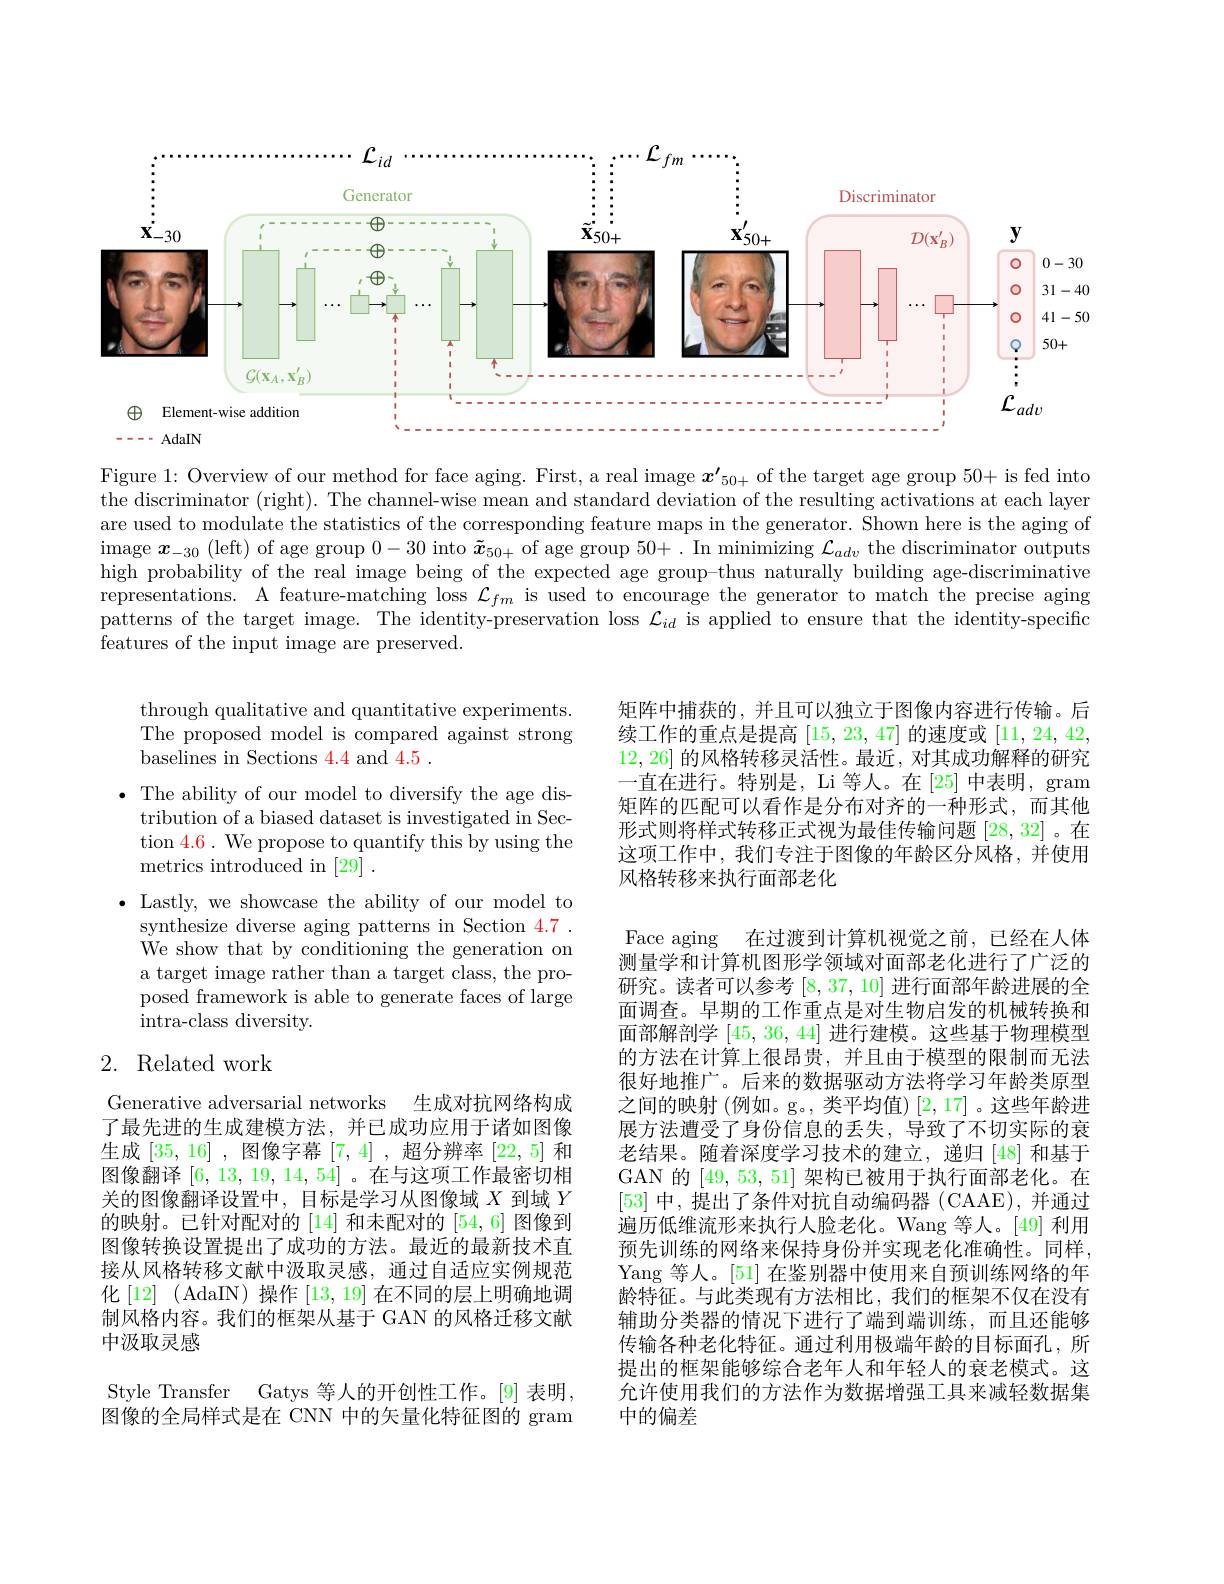
<FigureHere>

Figure 1: Overview of our method for face aging. First, a real image $\boldsymbol{x}^\prime_{50+}$ of the target age group 50+ is fed into the discriminator (right). The channel-wise mean and standard deviation of the resulting activations at each layer are used to modulate the statistics of the corresponding feature maps in the generator. Shown here is the aging of $\operatorname\boldsymbol{x}_{-30}$ (left) of age group 0-30 into $\tilde{\boldsymbol{x}}_50+$ of age group 50+. In minimizing $\mathcal{L}_adv$ the discriminator outputs high probability of the real image being of the expected age group-thus naturally building age-discriminative representations. A feature-matching loss $\mathcal{L}_fm$ is used to encourage the generator to match the precise aging patterns of the target image. The identity-preservation loss $\mathcal{L}_id$ is applied to ensure that the identity-speciffic features of the input image are preserved.

矩阵中捕获的，并且可以独立于图像内容进行传输。后续工作的重点是提高[15,23,47]的速度或[11,24,42, 12,26]的风格转移灵活性。最近，对其成功解释的研究一直在进行。特别是，Li 等人。在[25]中表明，gram 矩阵的匹配可以看作是分布对齐的一种形式，而其他形式则将样式转移正式视为最佳传输问题[28,32] 。在这项工作中，我们专注于图像的年龄区分风格，并使用风格转移来执行面部老化

through qualitative and quantitative experiments. The proposed model is compared against strong baselines in Sections 4.4 and 4.5 .
$\bullet$ The ability of our model to diversify the age dis-
tribution of a biased dataset is investigated in Section 4.6. We propose to quantify this by using the metrics introduced in [29] .
$\bullet$ Lastly, we showcase the ability of our model to
synthesize diverse aging patterns in Section 4.7 . We show that by conditioning the generation on a target image rather than a target class, the proposed framework is able to generate faces of large intra-class diversity.

## 2. Related work

Face aging 在过渡到计算机视觉之前，已经在人体测量学和计算机图形学领域对面部老化进行了广泛的研究。读者可以参考[8,37,10]进行面部年龄进展的全面调查。早期的工作重点是对生物启发的机械转换和面部解剖学[45,36,44]进行建模。这些基于物理模型的方法在计算上很昂贵，并且由于模型的限制而无法很好地推广。后来的数据驱动方法将学习年龄类原型之间的映射 (例如。g。,类平均值) [2,17] 。这些年龄进展方法遭受了身份信息的丢失，导致了不切实际的衰老结果。随着深度学习技术的建立，递归[48]和基于GAN 的[49,53,51]架构已被用于执行面部老化。在[53]中，提出了条件对抗自动编码器 (CAAE),并通过遍历低维流形来执行人脸老化。Wang 等人。[49] 利用预先训练的网络来保持身份并实现老化准确性。同样， Yang 等人。[51] 在鉴别器中使用来自预训练网络的年龄特征。与此类现有方法相比，我们的框架不仅在没有辅助分类器的情况下进行了端到端训练，而且还能够传输各种老化特征。通过利用极端年龄的目标面孔，所提出的框架能够综合老年人和年轻人的衰老模式。这允许使用我们的方法作为数据增强工具来减轻数据集中的偏差

Generative adversarial networks 生成对抗网络构成了最先进的生成建模方法，并已成功应用于诸如图像生成[35,16] ,图像字幕[7,4] ,超分辨率[22,5]和图像翻译[6,13,19,14,54] 。在与这项工作最密切相$\dot{\text{关的图像翻译设置中，目标是学习从图像域 }X\text{ 到域 }Y}$ 的映射。已针对配对的 [14] 和未配对的 [54,6] 图像到图像转换设置提出了成功的方法。最近的最新技术直接从风格转移文献中汲取灵感，通过自适应实例规范化[12] (AdaIN)操作 [13,19] 在不同的层上明确地调制风格内容。我们的框架从基于 GAN 的风格迁移文献中汲取灵感
Style Transfer Gatys 等人的开创性工作。[9]表明图像的全局样式是在 CNN 中的矢量化特征图的 gram